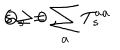
Q _ { s } = \sum _ { a } T _ { s } ^ { a a } \hspace { 2 c m } s \geq 0 \; ,